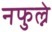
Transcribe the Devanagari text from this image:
नफुल्ने